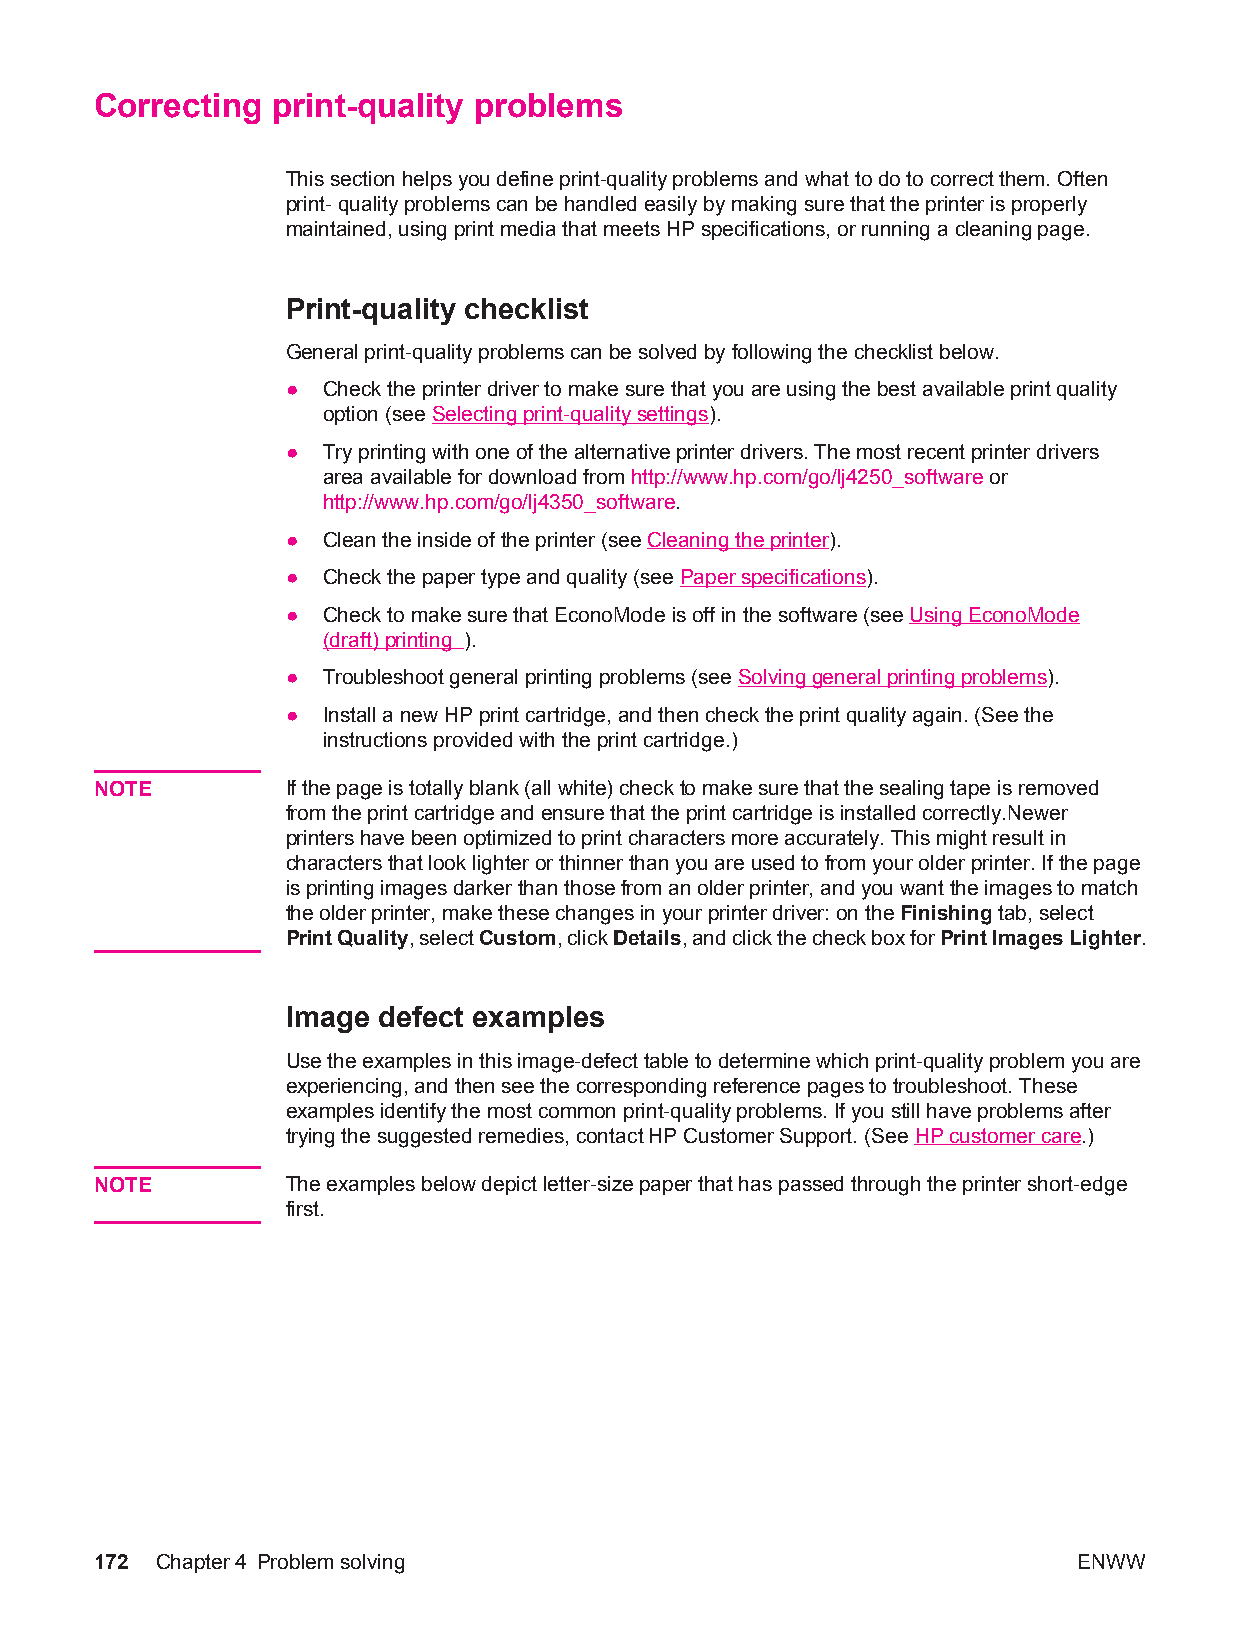
Correcting  print-quality problems
 This section helps you define print-quality problems and what to do to correct them. Often
 print- quality problems can be handled easily by making sure that the printer is properly
 maintained, using print media that meets HP specifications, or running a cleaning page.
 Print-quality checklist
 General print-quality problems can be solved by following the checklist below.
 ● Check the printer driver to make sure that you are using the best available print quality
 option (see Selecting print-quality settings).
 ● Try printing with one of the alternative printer drivers. The most recent printer drivers
 area available for download from http://www.hp.com/go/lj4250_software or
 http://www.hp.com/go/lj4350_software.
 ● Clean the inside of the printer (see Cleaning the printer).
 ● Check the paper type and quality (see Paper specifications).
 ● Check to make sure that EconoMode is off in the software (see Using EconoMode
 (draft) printing ).
 ● Troubleshoot general printing problems (see Solving general printing problems).
 ● Install a new HP print cartridge, and then check the print quality again. (See the
 instructions provided with the print cartridge.)
 NOTE         If the page is totally blank (all white) check to make sure that the sealing tape is removed
 from the print cartridge and ensure that the print cartridge is installed correctly.Newer
 printers have been optimized to print characters more accurately. This might result in
 characters that look lighter or thinner than you are used to from your older printer. If the page
 is printing images darker than those from an older printer, and you want the images to match
 the older printer, make these changes in your printer driver: on the Finishing tab, select
 Print Quality, select Custom, click Details, and click the check box for Print Images Lighter.
 Image defect examples
 Use the examples in this image-defect table to determine which print-quality problem you are
 experiencing, and then see the corresponding reference pages to troubleshoot. These
 examples identify the most common print-quality problems. If you still have problems after
 trying the suggested remedies, contact HP Customer Support. (See HP customer care.)
 NOTE         The examples below depict letter-size paper that has passed through the printer short-edge
 first.
 172 Chapter4 Problem solving                                     ENWW